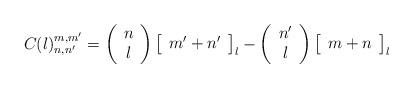
LaTeX: \begin{align*}C(l)_{n,n'}^{m,m'} = \left (\begin{array}{cc} n \\ l \end{array}\right ) \left [\begin{array}{c} m' + n' \end{array}\right ]_{l} - \left (\begin{array}{cc} n' \\ l \end{array}\right ) \left [\begin{array}{c} m + n \end{array}\right ]_{l}\end{align*}